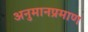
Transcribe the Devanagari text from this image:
अनुमानप्रमाण